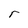
Character: r